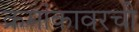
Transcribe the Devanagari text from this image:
क्रमांकावरची